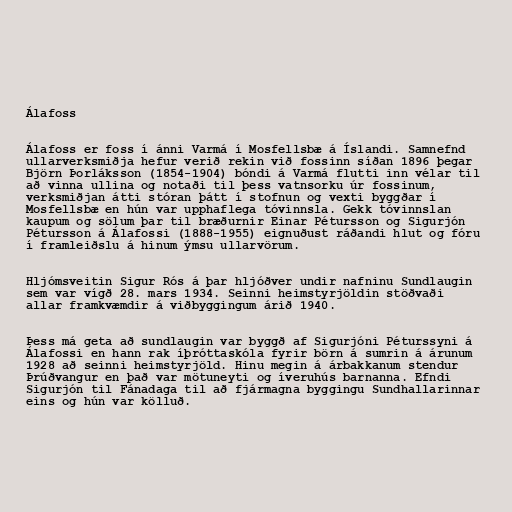
Álafoss

Álafoss er foss í ánni Varmá í Mosfellsbæ á Íslandi. Samnefnd
ullarverksmiðja hefur verið rekin við fossinn síðan 1896 þegar
Björn Þorláksson (1854-1904) bóndi á Varmá flutti inn vélar til
að vinna ullina og notaði til þess vatnsorku úr fossinum,
verksmiðjan átti stóran þátt í stofnun og vexti byggðar í
Mosfellsbæ en hún var upphaflega tóvinnsla. Gekk tóvinnslan
kaupum og sölum þar til bræðurnir Einar Pétursson og Sigurjón
Pétursson á Álafossi (1888-1955) eignuðust ráðandi hlut og fóru
í framleiðslu á hinum ýmsu ullarvörum.

Hljómsveitin Sigur Rós á þar hljóðver undir nafninu Sundlaugin
sem var vígð 28. mars 1934. Seinni heimstyrjöldin stöðvaði
allar framkvæmdir á viðbyggingum árið 1940.

Þess má geta að sundlaugin var byggð af Sigurjóni Péturssyni á
Álafossi en hann rak íþróttaskóla fyrir börn á sumrin á árunum
1928 að seinni heimstyrjöld. Hinu megin á árbakkanum stendur
Þrúðvangur en það var mötuneyti og íveruhús barnanna. Efndi
Sigurjón til Fánadaga til að fjármagna byggingu Sundhallarinnar
eins og hún var kölluð.